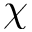
\chi